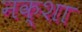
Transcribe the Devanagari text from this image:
नक्‍शा